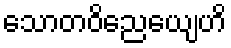
သောတဝိညေယျေဟိ